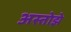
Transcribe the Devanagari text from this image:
अस्तोझे